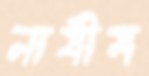
নাযীম